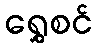
ရွှေစင်